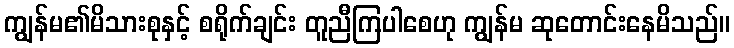
ကျွန်မ၏မိသားစုနှင့် စရိုက်ချင်း တူညီကြပါစေဟု ကျွန်မ ဆုတောင်းနေမိသည်။